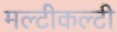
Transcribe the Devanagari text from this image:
मल्टीकल्टी